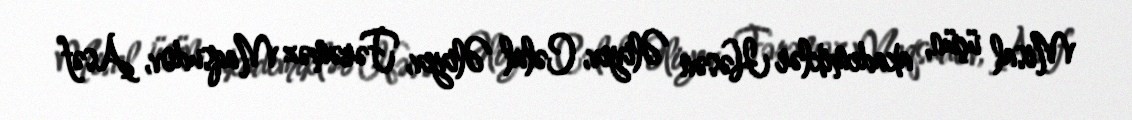
Misal üçün, akademiklər Həsən Əliyev, Cəlal Əliyev, Fərəməz Maqsudov, Asəf